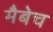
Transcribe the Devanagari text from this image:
मैबेच